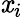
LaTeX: \mathit{x}_{i}